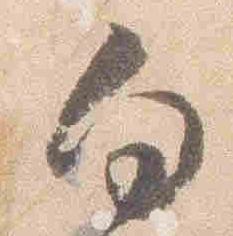
向